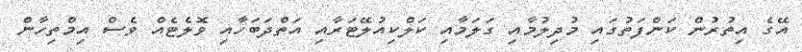
އޭގެ އިތުރުން ކަންފަތުގައި މުދިލުމާއި ގަލަމާއި ކަލްކިއުލޭޓަރާއި އަތްދަބަހާއި ވޮލެޓެއް ވެސް އިމްތިހާން